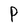
Character: p